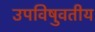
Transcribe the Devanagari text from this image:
उपविषुवतीय